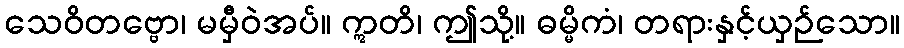
သေဝိတဗ္ဗော၊ မမှီဝဲအပ်။ ဣတိ၊ ဤသို့။ ဓမ္မိကံ၊ တရားနှင့်ယှဉ်သော။